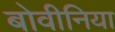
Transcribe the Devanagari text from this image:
बोवीनिया